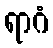
ရာဂံ